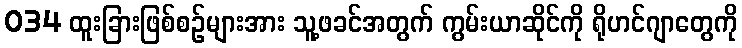
034 ထူးခြားဖြစ်စဉ်များအား သူ့ဖခင်အတွက် ကွမ်းယာဆိုင်ကို ရိုဟင်ဂျာတွေကို